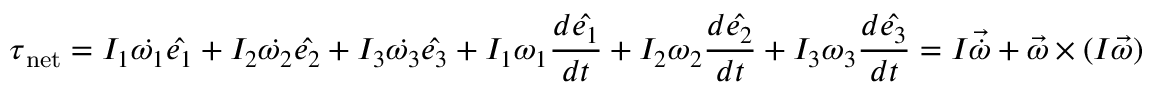
{ \boldsymbol { \tau } } _ { \mathrm { n e t } } = I _ { 1 } { \dot { \omega _ { 1 } } } { \hat { \boldsymbol { e _ { 1 } } } } + I _ { 2 } { \dot { \omega _ { 2 } } } { \hat { \boldsymbol { e _ { 2 } } } } + I _ { 3 } { \dot { \omega _ { 3 } } } { \hat { \boldsymbol { e _ { 3 } } } } + I _ { 1 } \omega _ { 1 } { \frac { d { \hat { \boldsymbol { e _ { 1 } } } } } { d t } } + I _ { 2 } \omega _ { 2 } { \frac { d { \hat { \boldsymbol { e _ { 2 } } } } } { d t } } + I _ { 3 } \omega _ { 3 } { \frac { d { \hat { \boldsymbol { e _ { 3 } } } } } { d t } } = I { \boldsymbol { \vec { \dot { \omega } } } } + { \boldsymbol { \vec { \omega } } } \times ( I { \boldsymbol { \vec { \omega } } } )